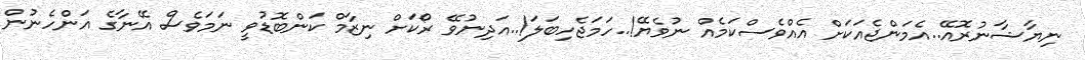
ނިޔާޝާނުރޮއޭ..އެމަންޖެއަކަށް އެއްވެސްކަމެއް ނުވެޔޭ!..ހަމަޖެހިބަލަ!..އަދިނުވޭ ރޯކަށް ނިޒާމް ކަންބޮޑުވީ ނަމަވެސް އޭނާގެ އަންހެނުން